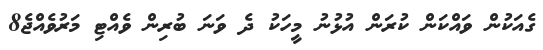
ގެއަކުން ވައްކަން ކުރަން އުޅުނު މީހަކު ދެ ވަނަ ބުރިން ވެއްޓި މަރުވެއްޖެ8